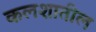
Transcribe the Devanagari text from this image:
कलशातील